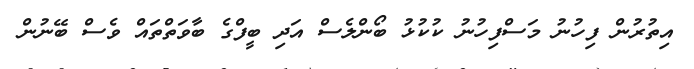
އިތުރުން ފިހުނު މަސްފިހުނު ކުކުޅު ބޯންލެސް އަދި ބީފްގެ ބާވަތްތައް ވެސް ބޭނުން